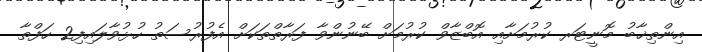
އިންތިޚާބު މޮނީޓަރ ކުރުމަށާއި އޮބްޒާވް ކުރުމަށް ބޭނުންވާ ފަރާތްތަކަށް އެފުރުސަތު ހުޅުވާލައިފި2 ހަފްތާ